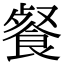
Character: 餐